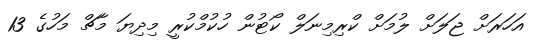
އަހަރަށް ޖަލަށް ލުމަށް ކްރިމިނަލް ކޯޓުން ހުކުމްކުރީ މިދިޔަ މާޗް މަހުގެ 13